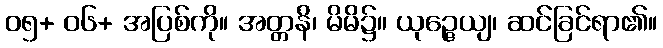
၀၅+ ၀၆+ အပြစ်ကို။ အတ္တနိ၊ မိမိ၌။ ယုဉ္ဇေယျ၊ ဆင်ခြင်ရာ၏။